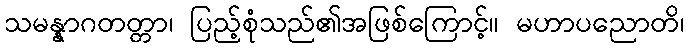
သမန္နာဂတတ္တာ၊ ပြည့်စုံသည်၏အဖြစ်ကြောင့်။ မဟာပညောတိ၊